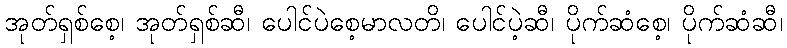
အုတ်ရှစ်စေ့၊ အုတ်ရှစ်ဆီ၊ ပေါင်ပဲစေ့မာလတိ၊ ပေါင်ပဲ့ဆီ၊ ပိုက်ဆံစေ့၊ ပိုက်ဆံဆီ၊